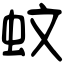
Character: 蚊